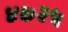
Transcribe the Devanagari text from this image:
४७२५